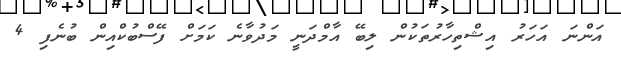
އަންނަ އަހަރު އިޝްތިހާރުތަކުން ލިބޭ އާމްދަނީ މަދުވާނެ ކަމަށް ފޭސްބުކްއިން ބުނެފި 4